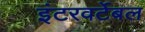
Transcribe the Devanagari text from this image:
इंटरवर्टेबल